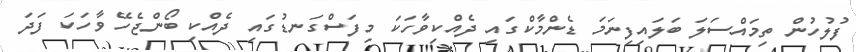
ފުލުހުން ތިމައްސަލަ ބަލައިފިނަމަ ޑެންމާކްގައި ދެއްކިވާހަކަ މިފަސްގަނޑުގައި ދެއްކި ބޯންޖެހޭ ވާހަކަ ފަދަ